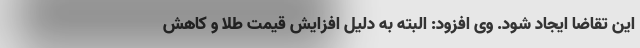
این تقاضا ایجاد شود. وی افزود: البته به دلیل افزایش قیمت طلا و کاهش